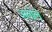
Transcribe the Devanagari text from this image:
अतोले